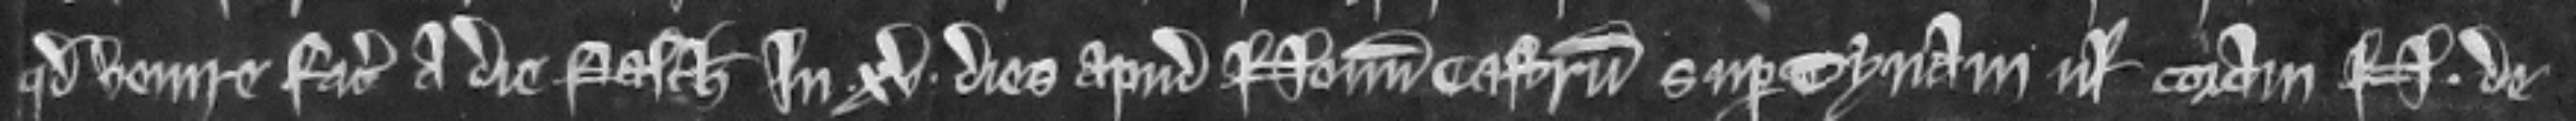
quod venire faciat a die Pasche in xv dies apud Novum Castrum super Tynam vel coram N. de